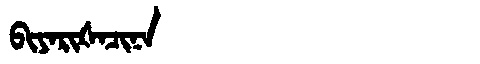
Manchu: ᠪᡳᠶᠠᡵᡳᡧᠠᠴᡳᠨᠠ
Romanization: BIYARIŠACINA